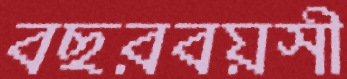
বছরবয়সী